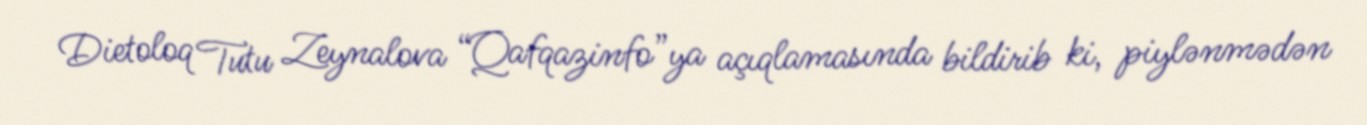
Dietoloq Tutu Zeynalova “Qafqazinfo”ya açıqlamasında bildirib ki, piylənmədən